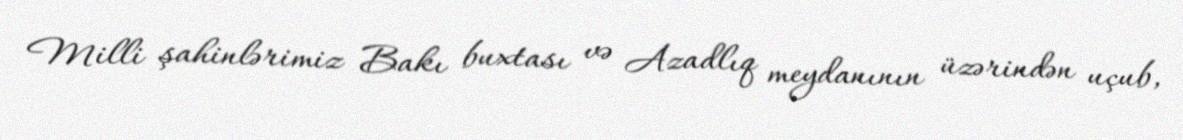
Milli şahinlərimiz Bakı buxtası və Azadlıq meydanının üzərindən uçub,